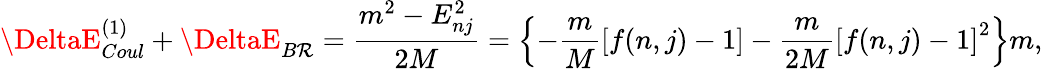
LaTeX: \DeltaE_{Coul}^{(1)}+\DeltaE_{B\mathcal{R}}=\frac{{m^{2}-E_{nj}^{2}}}{{2M}}=\left\{ -\frac{{m}}{{M}}\left[f(n,j)-1\right]-\frac{{m}}{{2M}}\left[f(n,j)-1\right]^{2}\right\} m,